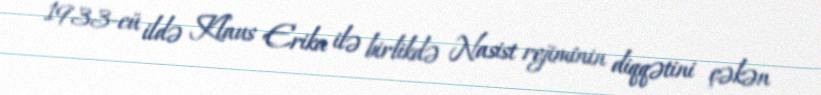
1933-cü ildə Klaus Erika ilə birlikdə Nasist rejiminin diqqətini çəkən